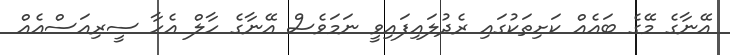
އޭނާގެ މޭގެ ބައެއް ކަށިތަކުގައި ރެދުލައިފައިވީ ނަމަވެސް އޭނާގެ ހާލް އެހާ ސީރިއަސްއެއް